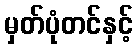
မှတ်ပုံတင်နှင့်